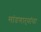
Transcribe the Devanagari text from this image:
मांडणार्‍यांचा